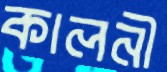
কালনী